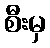
စီးမှ